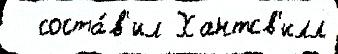
  соста́в'ил Хантсв'илл